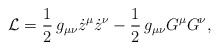
\begin{align*}{\cal L}= \frac{1}{2}\, g_{\mu\nu}\dot z^\mu \dot z^\nu-\frac{1}{2}\,g_{\mu\nu}G^\mu G^\nu ,\end{align*}